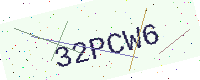
Text: 32PCW6